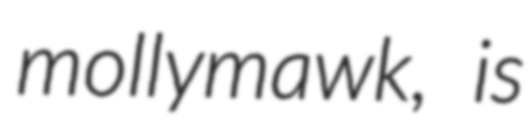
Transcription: mollymawk, is